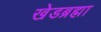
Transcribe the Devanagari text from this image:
खेडब्रह्मा